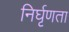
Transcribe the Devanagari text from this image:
निर्घृणता